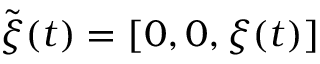
\tilde { \boldsymbol \xi } ( t ) = [ 0 , 0 , \boldsymbol \xi ( t ) ]